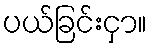
ပယ်ခြင်းငှာ။